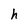
Character: h